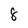
Character: 8